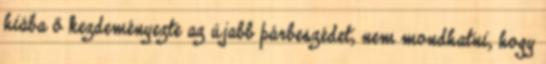
hiába ő kezdeményezte az újabb párbeszédet, nem mondhatni, hogy